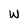
Character: W